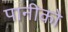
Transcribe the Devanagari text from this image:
पानीको